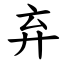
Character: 弃